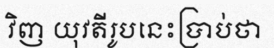
វិញ យុវតីរូបនេះប្រាប់ថា